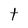
Character: t